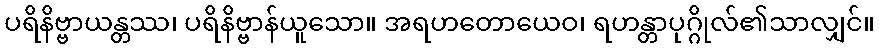
ပရိနိဗ္ဗာယန္တဿ၊ ပရိနိဗ္ဗာန်ယူသော။ အရဟတောယေဝ၊ ရဟန္တာပုဂ္ဂိုလ်၏သာလျှင်။